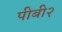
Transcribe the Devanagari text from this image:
पीबी२